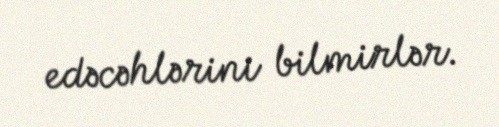
edəcəhlərini bilmirlər.